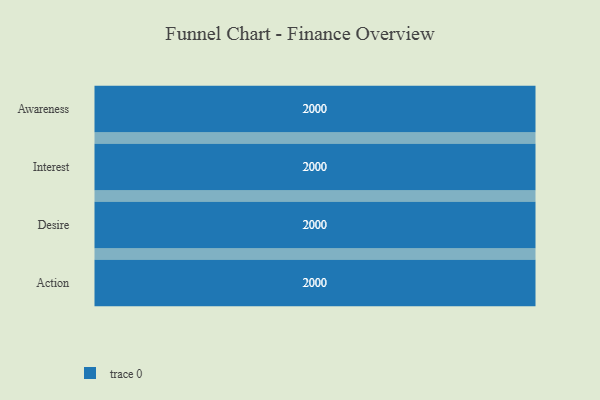
{"axis": {"x": "Stage", "y": "Value"}, "legend": [""], "data": [{"x": "Awareness", "y": 2000, "type": ""}, {"x": "Interest", "y": 2000, "type": ""}, {"x": "Desire", "y": 2000, "type": ""}, {"x": "Action", "y": 2000, "type": ""}]}